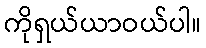
ကိုရှယ်ယာဝယ်ပါ။